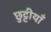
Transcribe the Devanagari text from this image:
छुट्टीयाँ